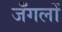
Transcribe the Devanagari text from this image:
जँगलों